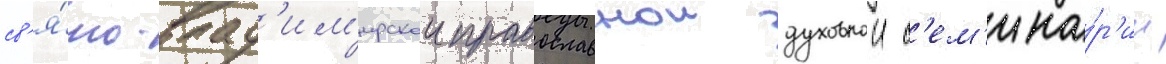
св'я́то-влад'им'ирскои православнои духовнои с'ем'ина́р'ии